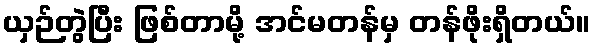
ယှဉ်တွဲပြီး ဖြစ်တာမို့ အင်မတန်မှ တန်ဖိုးရှိတယ်။